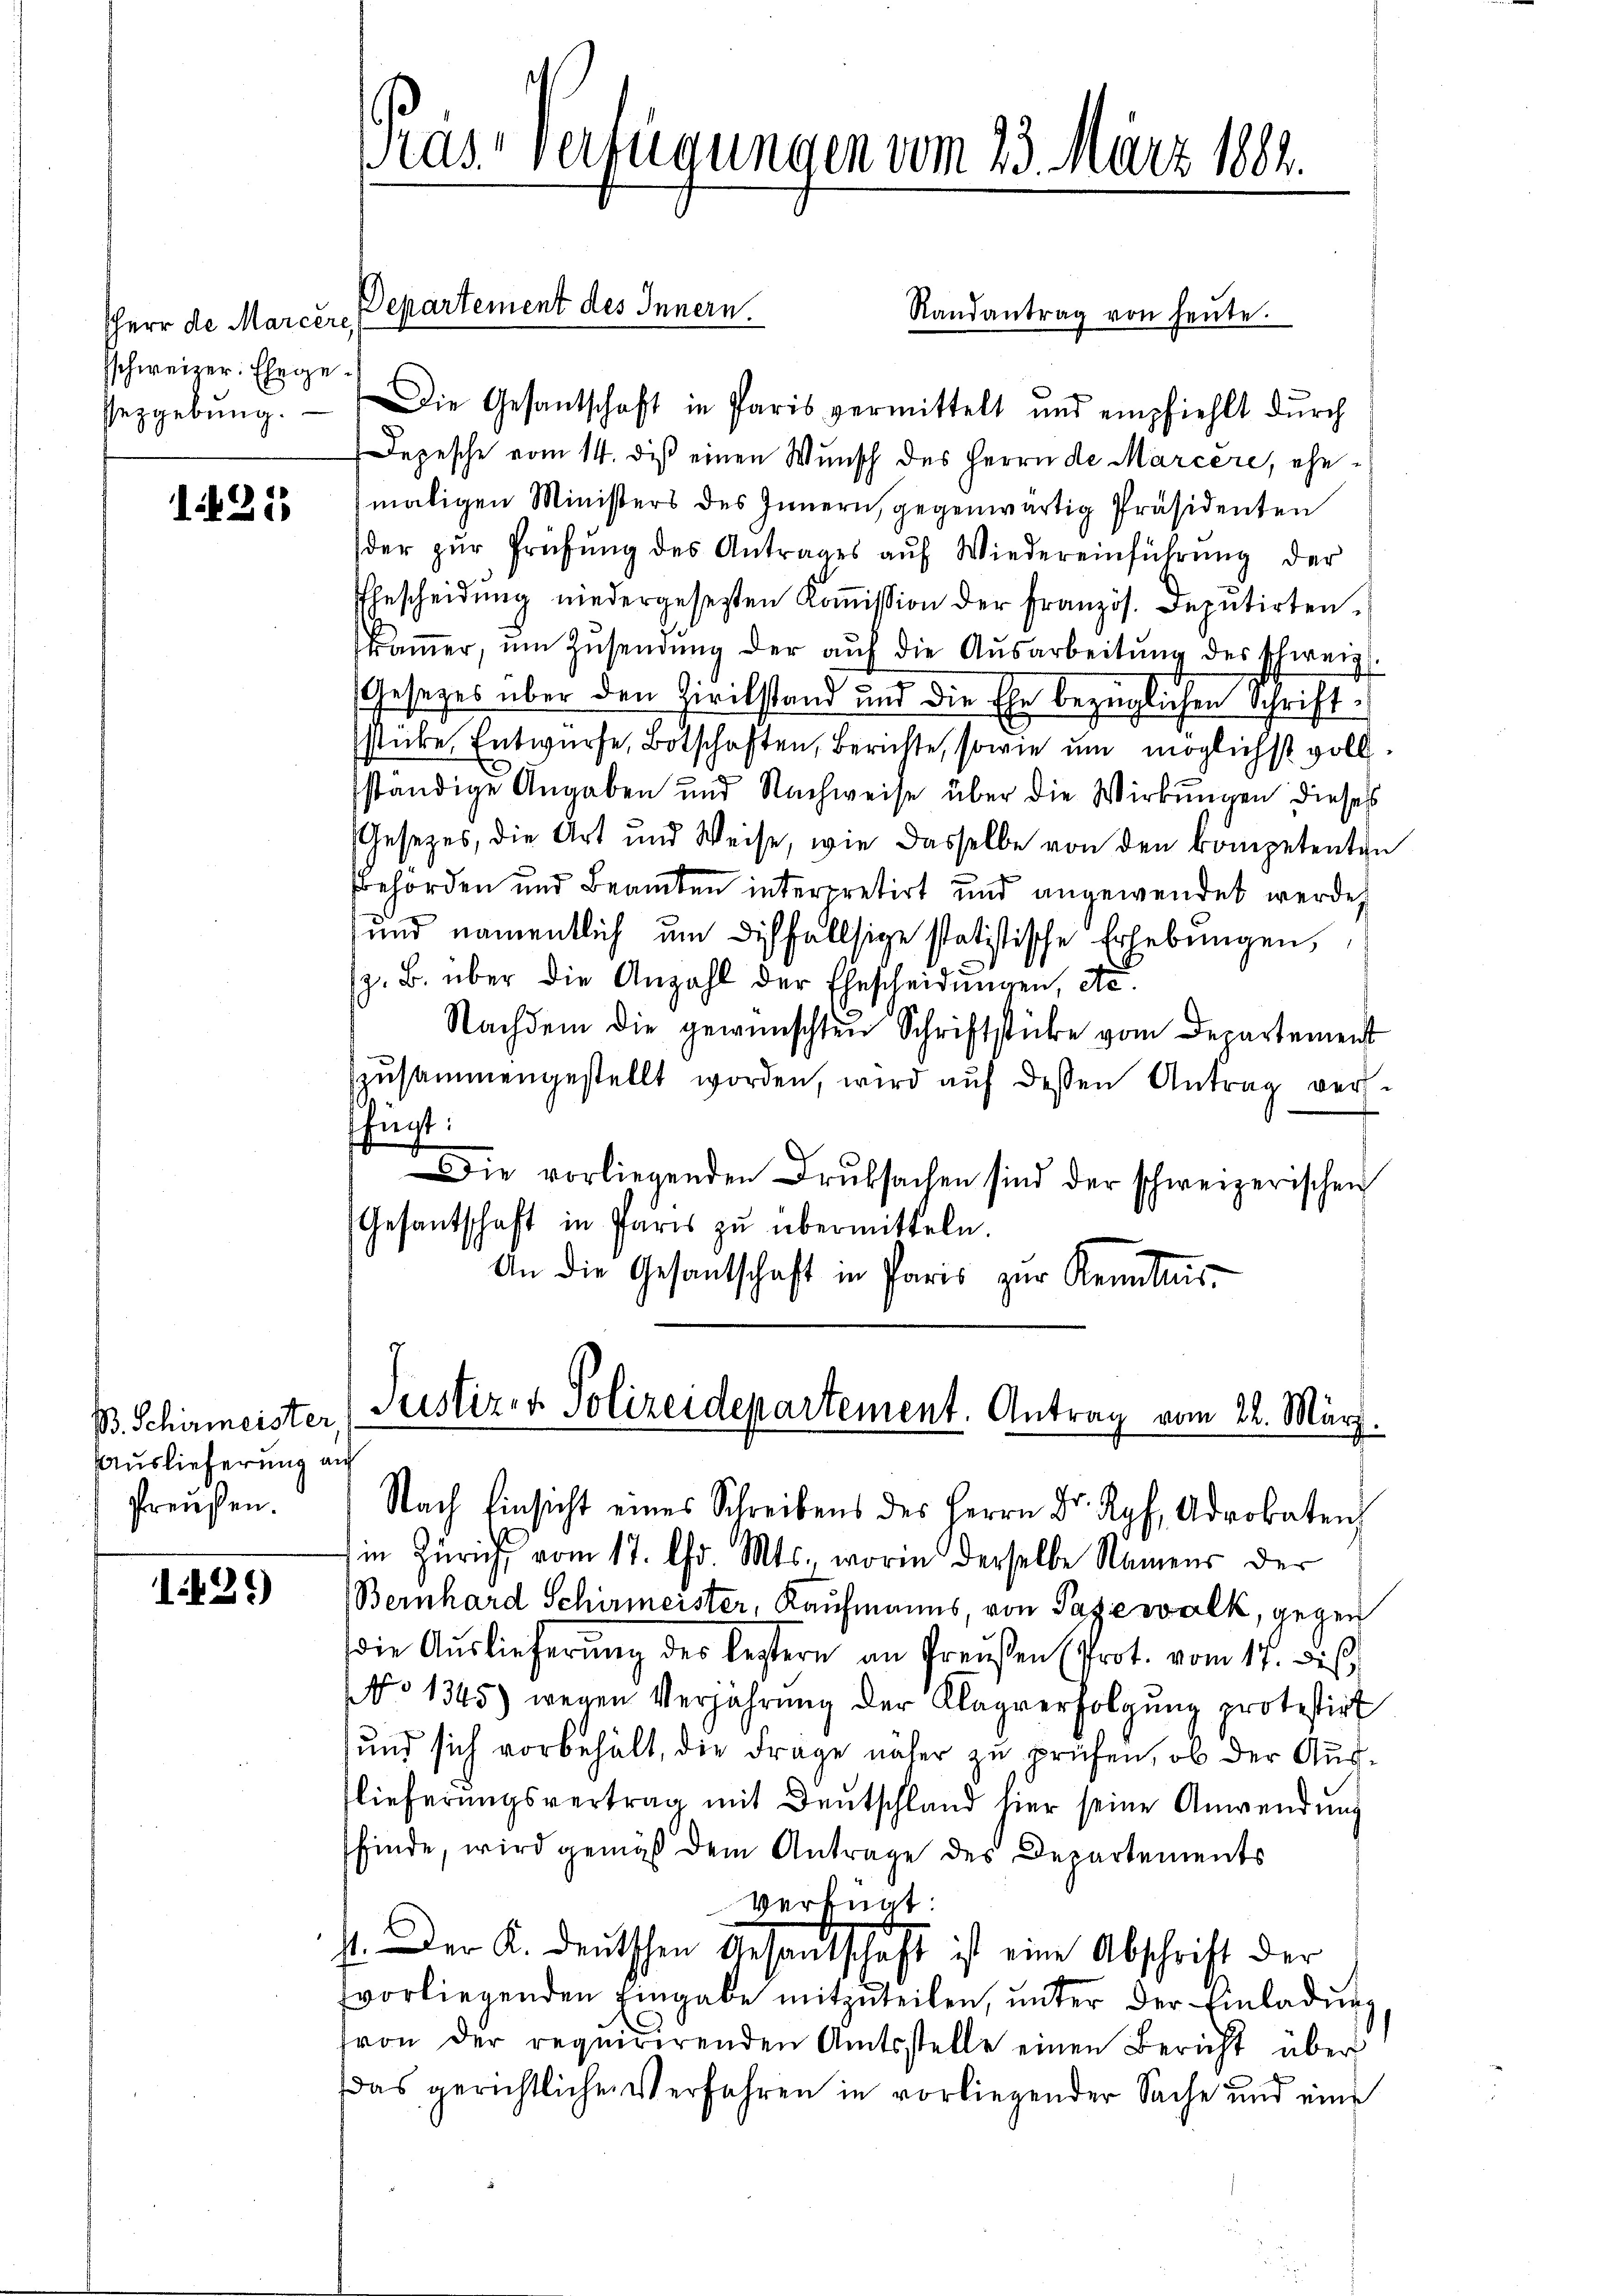
sherr de Marcere
sschweizer. Ehege
Pezgebung.

135

B. Schirmeister
Auslieferung an
Preußen.

125)

ras Verfügungen vom 23. März 1884.

Die Gesantschaft in Paris vermittelt und empfiehlt dŭrch
Depesche vom 14. diß einen Wunsch des Herrn de Marcere, ehemaligen Ministers des Innern, gegenwärtig Präsidenten
der zŭr Prüfŭng des Antrages aŭf Wiedereinführŭng der
Ehescheidŭng niedergesetzten Koṁission der Französ. Deputirten.
kaṁer ŭm Zŭsendŭng der aŭf die Ausarbeitŭng des Schweiz
Gesetzes über den Zivilstand und die Ehe bezüglichen Schriftsticke Entwurfe, Botschaften, Berichte, sowie um möglichst vollständige Angaben und Nachweise über die Wirkungen dieses
Gesetzes, die Art und Weise, wie dasselbe von den kompetenten
behörden und Beamten interpretirt und angewendet werden
und namentlich um dichfallsige statistische Erhebungen,
(z. B. über die Anzahl der Ehescheidungen, etc.
Nachdem die gewünschten Schriftstücke vom Departement
zŭsammengestellt worden, wird aŭf dessen Antrag vers.
hinst:
Die vorliegenden Druksachen sind der schweizerischen
Gesantschaft in Paris zu übermitteln.
An die Gesantschaft in Paris zur Kenntnis

Departement des Innern.
Randantrag von heŭte.

Justiz- & Polizeidepartement. Antrag vom 22. März.
Nach Einsicht eines Schreibens des Herrn Dr. Kopf, Adrobaten

in Zürich, vom 17. Chr. Mts., worin derselbe Namens der
Bernhard Schirmeister, Kaufmanns, von Pazevalk, gegen
die Auslieferung der leztern an Preußen (Prot. vom 17. dieß
NNo 1345) wegen Verjährung der Klagverfolgŭng protestirt
und sich vorbehält, die Frage näher zu prüfen, ob der Auslieferungsvertrag mit Deutschland hier seine Anwendung
finde, wird gemäß dem Antrage des Departements
Verknat:
1. Der K. deutschen Gesandtschaft ist eine Abschrift der
vorliegenden Eingabe mitzŭteilen, unter der Einladung
fvon der requirirenden Amtsstelle einen Bericht über
das gerichtlichen Verfahren in vorliegender Sache und eine